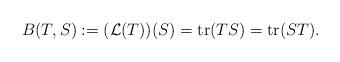
LaTeX: \begin{align*}B(T,S):=({\mathcal L}(T))(S)=\mathrm{tr}(TS)=\mathrm{tr}(ST).\end{align*}